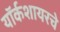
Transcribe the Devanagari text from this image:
यॉर्कशायरचे